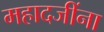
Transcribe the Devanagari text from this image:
महादजींना